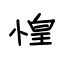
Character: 惶